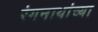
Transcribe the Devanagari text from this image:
रंगनाथांच्या